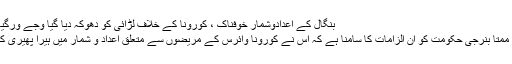
بنگال کے اعدادوشمار خوفناک ، کورونا کے خلاف لڑائی کو دھوکہ دیا گیا وجے ورگیہ کا وزیر اعلی ممتا بنرجی کو خط
کولکاتا29 اپریل:مغربی بنگال کی ممتا بنرجی حکومت کو ان الزامات کا سامنا ہے کہ اس نے کورونا وائرس کے مریضوں سے متعلق اعداد و شمار میں ہیرا پھیری کی ہے اور جانچ بھی کم کردی ہے۔